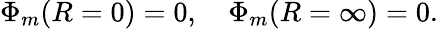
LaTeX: \Phi_{m}(R=0)=0,\quad\Phi_{m}(R=\infty)=0.